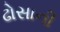
ઢોસાની